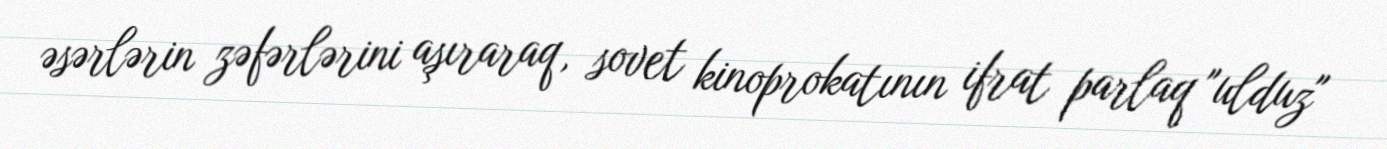
əsərlərin zəfərlərini aşıraraq, sovet kinoprokatının ifrat parlaq "ulduz"